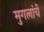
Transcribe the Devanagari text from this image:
मुगलांचे